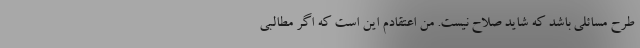
طرح مسائلی باشد که شاید صلاح نیست. من اعتقادم این است که اگر مطالبی